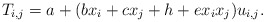
\begin{gather*}T_{i,j}= a+(b x_i+c x_j+h+e x_i x_j) u_{i,j}.\end{gather*}